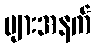
များအနက်